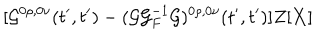
[ { \cal G } ^ { 0 \rho , 0 \nu } ( t ^ { \prime } , t ^ { \prime } ) - ( { \cal G } { \cal G } _ { F } ^ { - 1 } { \cal G } ) ^ { 0 \rho , 0 \nu } ( t ^ { \prime } , t ^ { \prime } ) ] Z [ { \bf X } ]